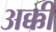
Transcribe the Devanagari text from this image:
अक्की